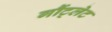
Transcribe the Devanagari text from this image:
गौंट्लेट